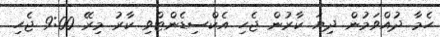
ހެމާ ދުއްވަމުން ދިޔަ ކާރުން ޖެހި އެކްސިޑެންޓްވި ކާރު މިރޭ 9:00 ޖެހި